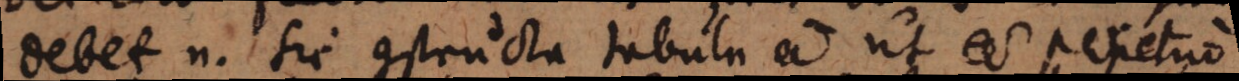
Debet n. sic constructa tabula esse ut esse perpetuo